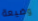
وضيعة